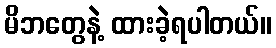
မိဘတွေနဲ့ ထားခဲ့ရပါတယ်။